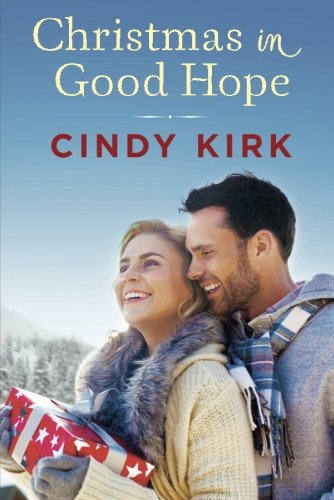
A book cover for Christmas in Good Hope (A Good Hope Novel); Cindy Kirk; Romance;